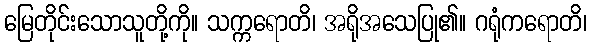
မြေတိုင်းသောသူတို့ကို။ သက္ကရောတိ၊ အရိုအသေပြု၏။ ဂရုံကရောတိ၊